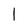
Character: 1